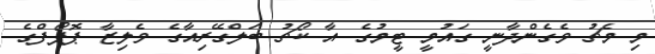
މި މެޗު ވެގެންދާނީ ގައުމީ ޓީމުގެ އާ ކޯޗު ބަލްގޭރިއާގެ ވެލިޒާ ޕޮޮޕޯފްގެ